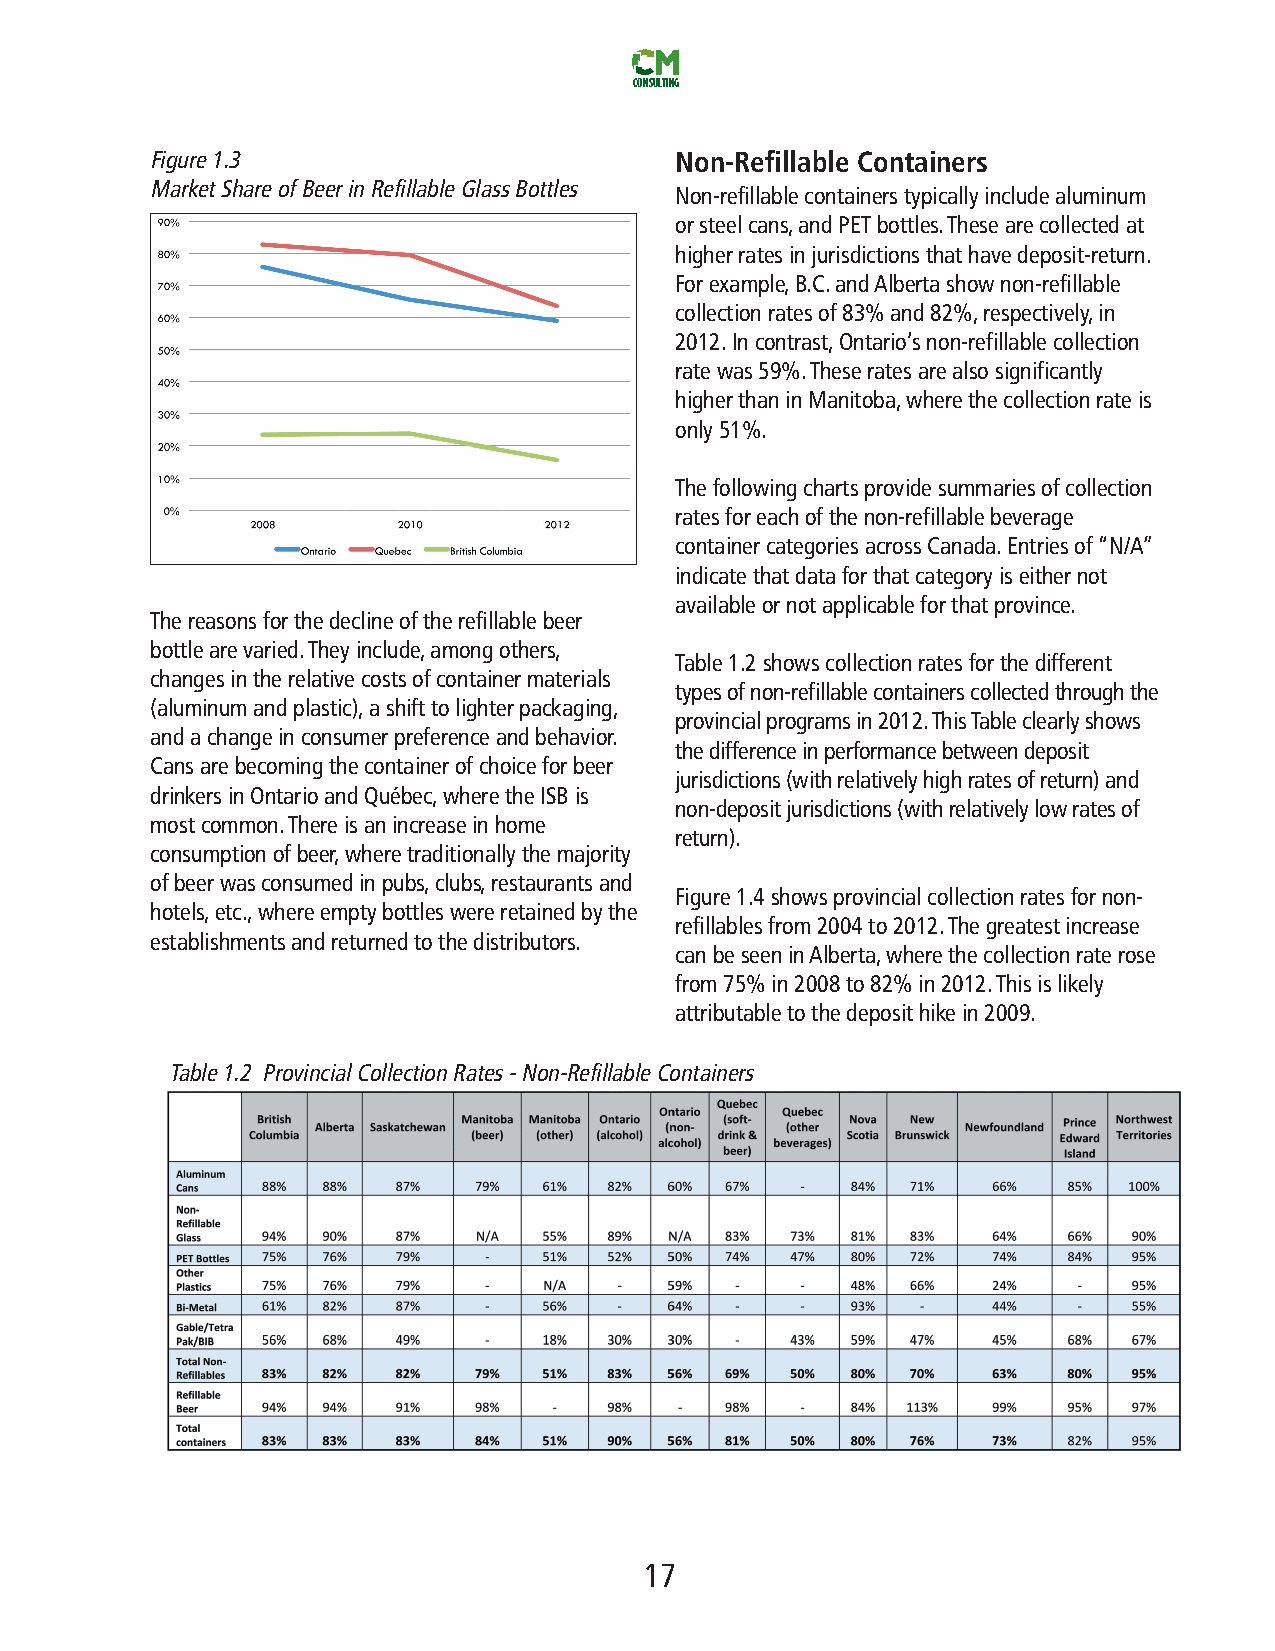
CONSULTING
 Figure1.3                          Non-Refillable Containers
 MarketShareofBeerinRefillableGlassBottles
 Non-refillablecontainerstypicallyincludealuminum
 orsteelcans,andPETbottles.Thesearecollectedat
 higherratesinjurisdictionsthathavedeposit-return.
 Forexample,B.C.andAlbertashownon-refillable
 collectionratesof83%and82%,respectively,in
 2012.Incontrast,Ontario’snon-refillablecollection
 ratewas59%.Theseratesarealsosignificantly
 higherthaninManitoba,wherethecollectionrateis
 only51%.
 Thefollowingchartsprovidesummariesofcollection
 ratesforeachofthenon-refillablebeverage
 containercategoriesacrossCanada.Entriesof“N/A”
 indicatethatdataforthatcategoryiseithernot
 availableornotapplicableforthatprovince.
 Thereasonsforthedeclineoftherefillablebeer
 bottlearevaried.Theyinclude,amongothers,
 Table1.2showscollectionratesforthedifferent
 changesintherelativecostsofcontainermaterials
 typesofnon-refillablecontainerscollectedthroughthe
 (aluminumandplastic),ashifttolighterpackaging,
 provincialprogramsin2012.ThisTableclearlyshows
 andachangeinconsumerpreferenceandbehavior.
 thedifferenceinperformancebetweendeposit
 Cansarebecomingthecontainerofchoiceforbeer
 jurisdictions(withrelativelyhighratesofreturn)and
 drinkersinOntarioandQuébec,wheretheISBis
 non-depositjurisdictions(withrelativelylowratesof
 mostcommon.Thereisanincreaseinhome
 return).
 consumptionofbeer,wheretraditionallythemajority
 ofbeerwasconsumedinpubs,clubs,restaurantsand
 Figure1.4showsprovincialcollectionratesfornon-
 hotels,etc.,whereemptybottleswereretainedbythe
 refillablesfrom2004to2012.Thegreatestincrease
 establishmentsandreturnedtothedistributors.
 canbeseeninAlberta,wherethecollectionraterose
 from75%in2008to82%in2012.Thisislikely
 attributabletothedeposithikein2009.
 Table1.2 ProvincialCollectionRates-Non-RefillableContainers
 17